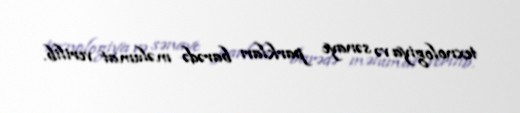
texnologiya və sənaye parkları barədə məlumat verilib.